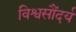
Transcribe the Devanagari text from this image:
विश्वसौंदर्य